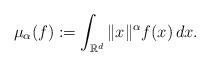
LaTeX: \begin{align*}\mu_\alpha(f) := \int_{\mathbb{R}^d} \|x\|^\alpha f(x) \, dx.\end{align*}